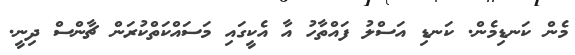
މެން ކަނޑިމެން. ކަނޑި އަސްލު ފައްތާހު އާ އެކީގައި މަސައްކަތްކުރަން ޗާންސް ދިނީ.